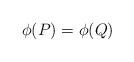
LaTeX: \begin{align*} \phi(P) = \phi(Q) \end{align*}